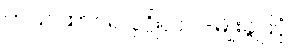
တသ ထာဝရ ပုဂ္ဂိုလ် ၂-မျိုးခွဲပြပုံ